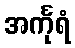
အင်္ကုရံ